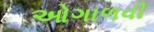
ઓગાળવી